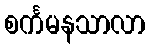
စင်္ကမနသာလာ